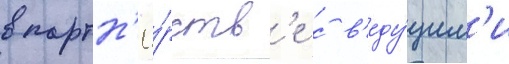
в партн'ё́рств'е с в'еду́щим'и